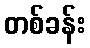
တစ်ခန်း